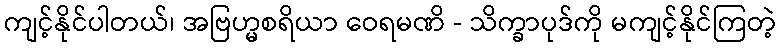
ကျင့်နိုင်ပါတယ်၊ အဗြဟ္မစရိယာ ဝေရမဏိ - သိက္ခာပုဒ်ကို မကျင့်နိုင်ကြတဲ့